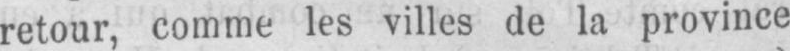
retour, comme les villes de la province